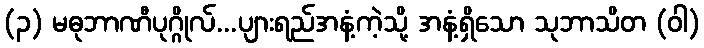
(၃) မဓုဘာဏီပုဂ္ဂိုလ်...ပျားရည်အနံ့ကဲ့သို့ အနံ့ရှိသော သုဘာသိတ (ဝါ)